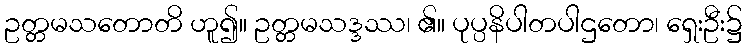
ဥတ္တမသတောတိ ဟူ၍။ ဥတ္တမသဒ္ဒဿ၊ ၏။ ပုပ္ပနိပါတပါဌတော၊ ရှေးဦး၌